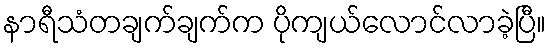
နာရီသံတချက်ချက်က ပိုကျယ်လောင်လာခဲ့ပြီ။